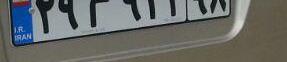
۲۹م۹۲۴۹۸